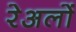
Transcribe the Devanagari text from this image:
रेअलों